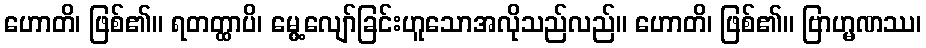
ဟောတိ၊ ဖြစ်၏။ ရတတ္ထာပိ၊ မွေ့လျော်ခြင်းဟူသောအလိုသည်လည်။ ဟောတိ၊ ဖြစ်၏။ ဗြာဟ္မဏဿ၊